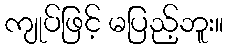
ကျုပ်ဖြင့် မပြည့်ဘူး။